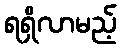
ရရှိလာမည့်